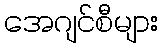
အေဂျင်စီများ